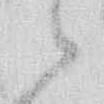
候